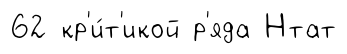
62 кр'и́т'икой р'яда Нтат